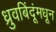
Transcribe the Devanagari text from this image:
ध्रुवबिंदूंमधून